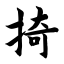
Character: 掎